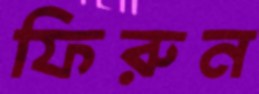
ফিরুন